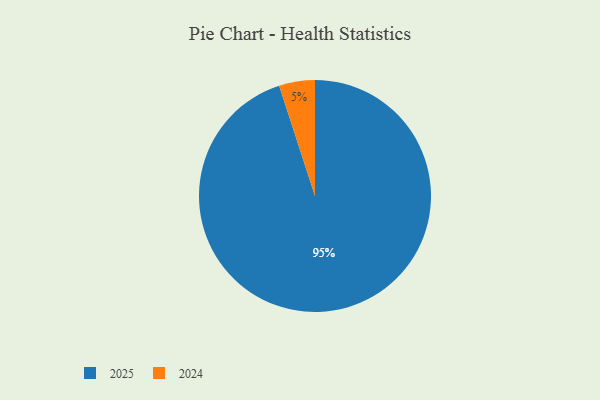
{"axis": {"x": "Category", "y": "Percentage"}, "legend": ["2024", "2025"], "data": [{"x": "2024", "y": 5, "type": "2024"}, {"x": "2025", "y": 95, "type": "2025"}]}